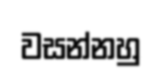
වසන්නහු